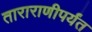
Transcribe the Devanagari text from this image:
ताराराणीपर्यंत